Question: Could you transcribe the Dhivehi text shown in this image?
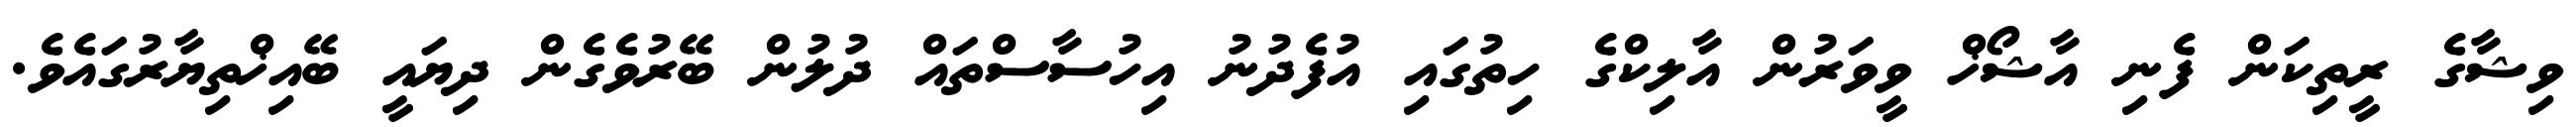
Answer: ވިޝާގެ ރީތިކަން ފެނި އާޝޯޚް ވީވަރުން އާލިކްގެ ހިތުގައި އުފެދުނު އިހުސާސްތައް ދުލުން ބޭރުވެގެން ދިޔައީ ބޭއިޚްތިޔާރުގައެވެ.